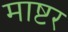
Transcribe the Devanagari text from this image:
माष्टर